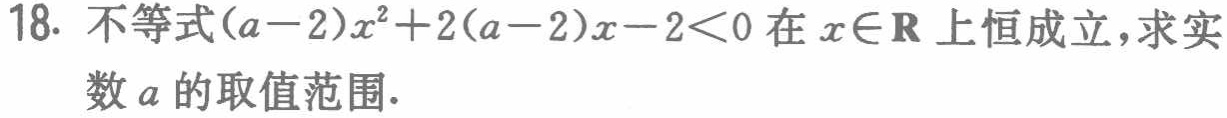
18. 不等式\((a - 2)x^{2}+2(a - 2)x - 2<0\)在\(x\in\mathbf{R}\)上恒成立，求实数\(a\)的取值范围.